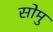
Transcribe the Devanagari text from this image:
सोमु